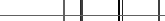
٦٩